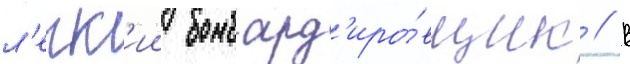
л'егк'ии бомбард'иро́вщик // В